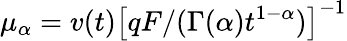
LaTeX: \mu_{\alpha}=v(t)\left[qF/(\Gamma(\alpha)t^{1-\alpha})\right]^{-1}